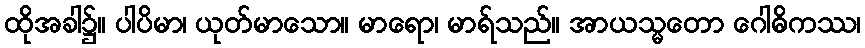
ထိုအခါ၌။ ပါပိမာ၊ ယုတ်မာသော။ မာရော၊ မာရ်သည်။ အာယသ္မတော ဂေါဓိကဿ၊